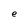
Character: e